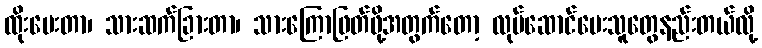
ထိုးပေးတာ၊ သားဆက်ခြားတာ၊ သားကြောဖြတ်ဖို့အတွက်တော့ လုပ်ဆောင်ပေးသူတွေနည်းတယ်လို့